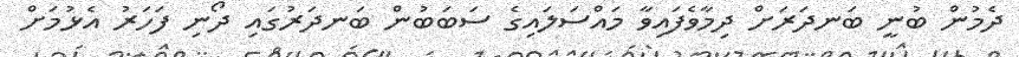
ދެމުން ބުނީ ބަނދަރަށް ދިމާވެފައިވާ މައްސަލައިގެ ސަަބަބުން ބަނދަރުގައި ދޯނި ފަހަރު އެޅުމަށް